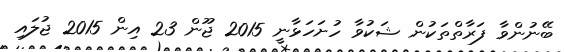
ބޭނުންވާ ފަރާތްތަކުން ޝަކުވާ ހުށަހަޅާނީ 2015 ޖޫން 23 އިން 2015 ޖުލައި